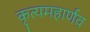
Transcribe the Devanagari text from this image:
कृत्यमहार्णव